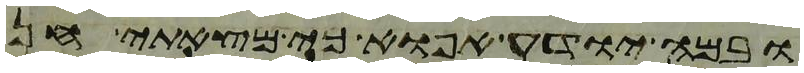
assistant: ובמה יודע אפוא כי מצאתי חן